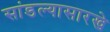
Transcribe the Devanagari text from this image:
सांडल्यासारखे